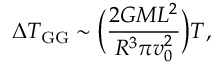
\Delta T _ { \mathrm { G G } } \sim \Bigl ( \frac { 2 G M L ^ { 2 } } { R ^ { 3 } \pi v _ { 0 } ^ { 2 } } \Bigr ) T ,